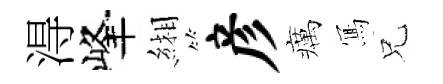
淂峰緗彦癘𭂁兄